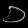
Digit: ၁